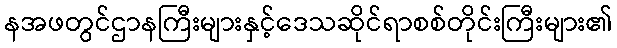
နအဖတွင်ဌာနကြီးများနှင့်ဒေသဆိုင်ရာစစ်တိုင်းကြီးများ၏